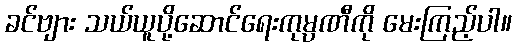
ခင်ဗျား သယ်ယူပို့ဆောင်ရေးကုမ္ပဏီကို မေးကြည့်ပါ။